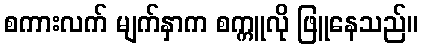
စကားလက် မျက်နှာက စက္ကူလို ဖြူနေသည်။